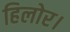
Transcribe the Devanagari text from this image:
हिलोर।